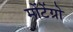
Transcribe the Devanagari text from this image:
मोंटेंग्रो